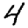
Digit: 4